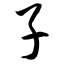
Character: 子